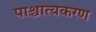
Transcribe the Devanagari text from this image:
पाश्चात्यकरण